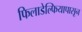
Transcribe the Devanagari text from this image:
फिलाडेल्फियापासून